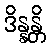
ဒိန္နန္တိ